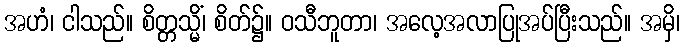
အဟံ၊ ငါသည်။ စိတ္တသ္မိံ၊ စိတ်၌။ ဝသီဘူတာ၊ အလေ့အလာပြုအပ်ပြီးသည်။ အမှိ၊